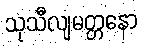
သုသီလျမတ္တနော